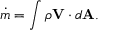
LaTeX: { \dot { m } } = \int \rho \mathbf { V } \cdot d \mathbf { A } .